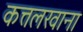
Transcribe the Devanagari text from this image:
कत्तलखाना